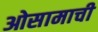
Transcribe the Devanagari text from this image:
ओसामाची